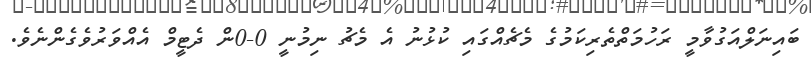
ބައިނަަލްއަގުވާމީ ރަހުމަތްތެރިކަމުގެ މެޗެއްގައި ކުޅުނު އެ މެޗު ނިމުނީ 0-0ން ދެޓީމް އެއްވަރުވެގެންނެވެ.